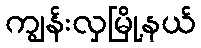
ကျွန်းလှမြို့နယ်